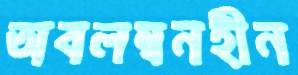
অবলম্বনহীন